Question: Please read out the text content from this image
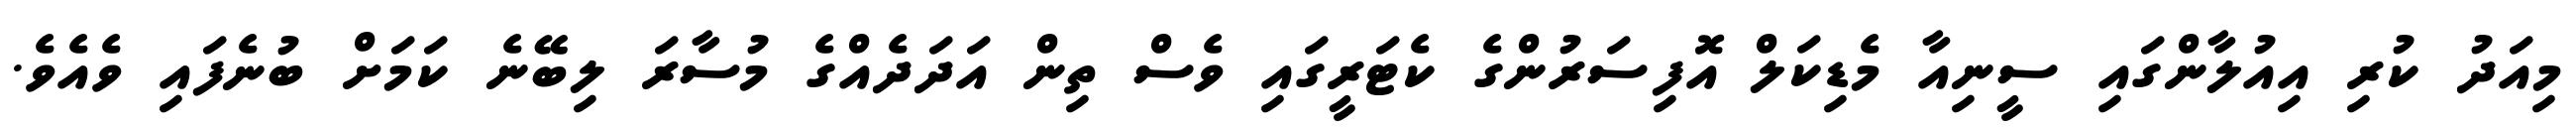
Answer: މިއަދު ކުރި އިއުލާންގައި ސީނިއާ މެޑިކަލް އޮފިސަރުންގެ ކެޓަރީގައި ވެސް ތިން އަދަދެއްގެ މުސާރަ ލިބޭނެ ކަމަށް ބުނެފައި ވެއެވެ.